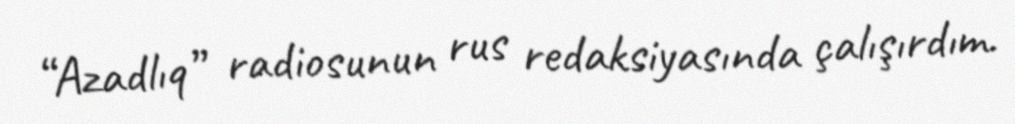
“Azadlıq” radiosunun rus redaksiyasında çalışırdım.